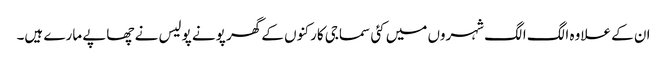
ان کے علاوہ الگ الگ شہروں میں کئی سماجی کارکنوں کے گھر پونے پولیس نے چھاپے مارے ہیں۔